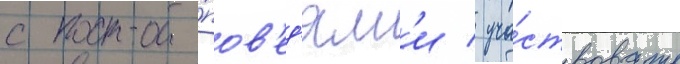
с про́пов'ед'ям'и / уча́ствовать